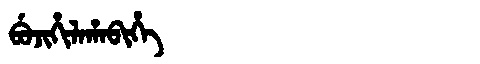
Manchu: ᠪᡠᠵᡳᡥᡳᠯᠠᡥᠠᠪᡳᡥᡝ
Romanization: BUJIHILAHABIHE